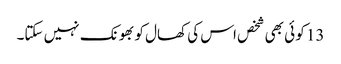
13 کو ئی بھی شخص اس کی کھال کو بھونک نہیں سکتا۔